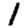
Digit: 1